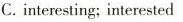
C. interesting; interested